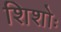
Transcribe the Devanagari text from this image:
शिशोः